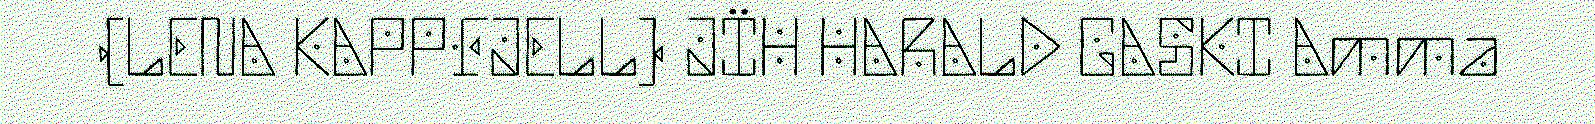
(LENA KAPPFJELL) JÏH HARALD GASKI Amma